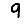
Digit: 9